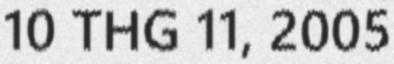
10 THG 11, 2005